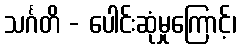
သင်္ဂတိ - ပေါင်းဆုံမှုကြောင့်၊